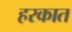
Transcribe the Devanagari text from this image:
हरकात